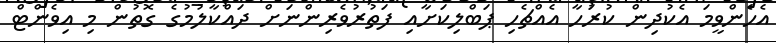
އެހެންވީމަ އެކުދިން ކުރަހާ އެއްޗެހި ޕަބްލިކަށާއި ފަތުރުވެރިންނަށް ދައްކާލުމުގެ ގޮތުން މި އިވެންޓް